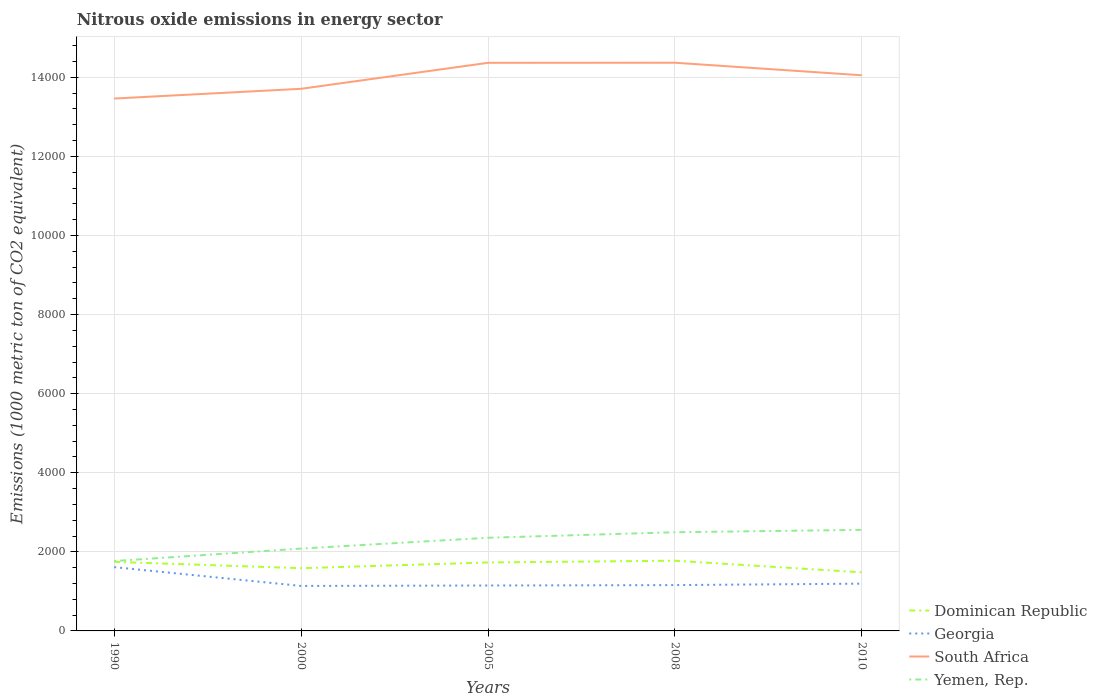
| Years | Dominican Republic | Georgia | South Africa | Yemen, Rep. |
 | --- | --- | --- | --- | --- |
 | 1990 | 1.75e+03 | 1.61e+03 | 1.35e+04 | 1.77e+03 |
 | 2000 | 1.59e+03 | 1.14e+03 | 1.37e+04 | 2.08e+03 |
 | 2005 | 1.73e+03 | 1.15e+03 | 1.44e+04 | 2.36e+03 |
 | 2008 | 1.78e+03 | 1.16e+03 | 1.44e+04 | 2.5e+03 |
 | 2010 | 1.48e+03 | 1.2e+03 | 1.41e+04 | 2.56e+03 |